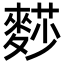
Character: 𪍋